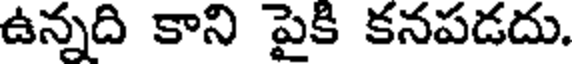
ఉన్నది కాని పైకి కనపడదు.